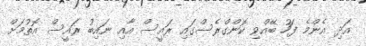
އަދި އެންމެ ފަހު ބޭއްވި ކޮންގްރެސްގައި ރައީސް އާއި ނައިބު ރައީސް އޮތުމަށް